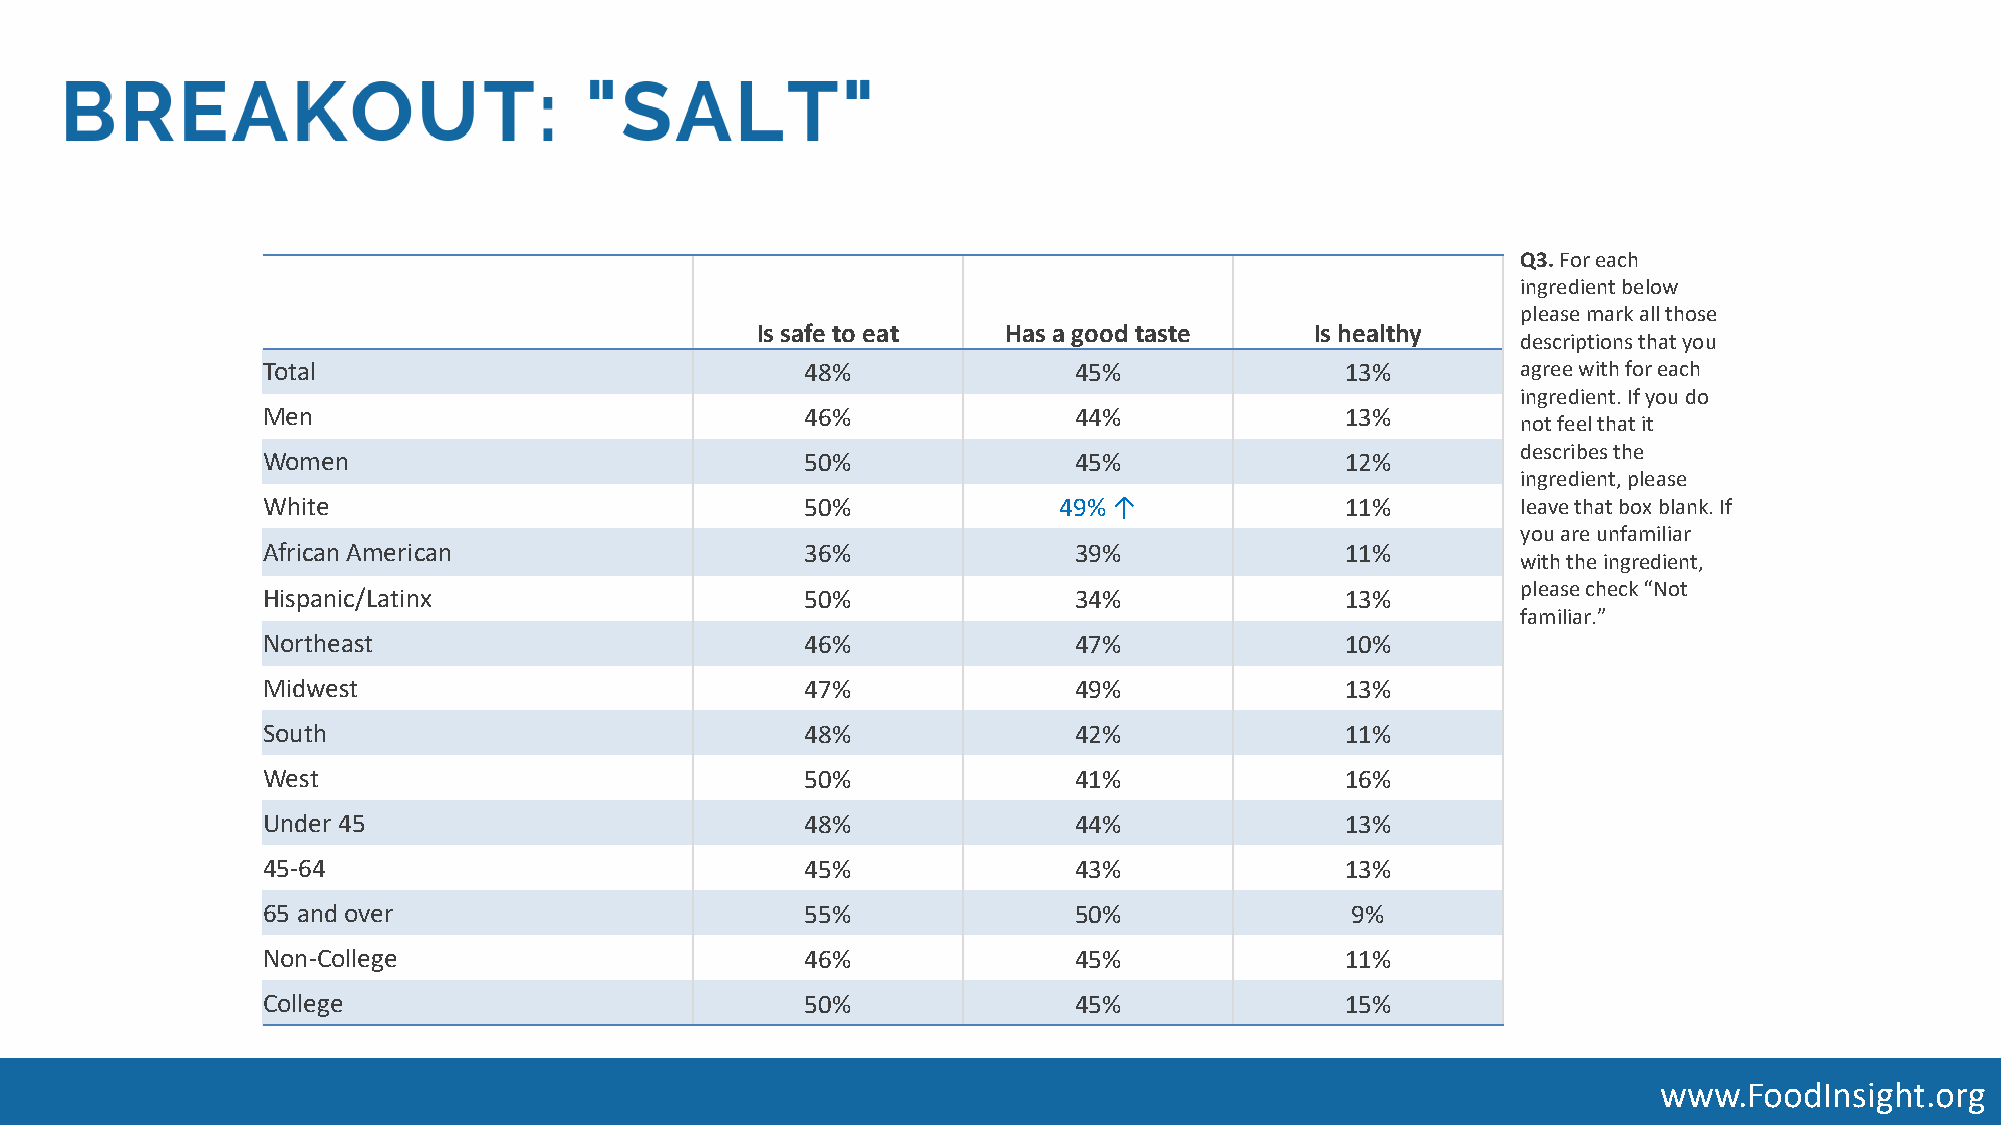
Q3. For each
 ingredient below
 please mark all those
 Is safe to eat   Has a good taste    Is healthy
 descriptions that you
 Total                               48%               45%               13%         agree with for each
 ingredient. If you do
 Men                                 46%               44%               13%
 not feel that it
 describes the
 Women                               50%               45%               12%
 ingredient, please
 White                               50%              49%↑               11%         leave that box blank. If
 you are unfamiliar
 African American                    36%               39%               11%
 with the ingredient,
 please check “Not
 Hispanic/Latinx                     50%               34%               13%
 familiar.”
 Northeast                           46%               47%               10%
 Midwest                             47%               49%               13%
 South                               48%               42%               11%
 West                                50%               41%               16%
 Under 45                            48%               44%               13%
 45-64                               45%               43%               13%
 65 and over                         55%               50%               9%
 Non-College                         46%               45%               11%
 College                             50%               45%               15%
 www.FoodInsight.org